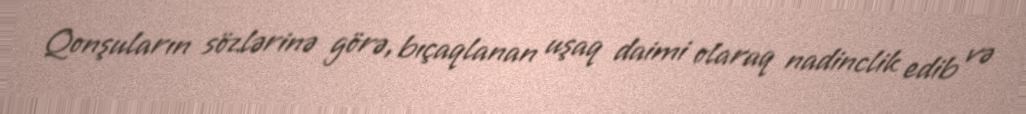
Qonşuların sözlərinə görə, bıçaqlanan uşaq daimi olaraq nadinclik edib və